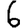
Digit: 6